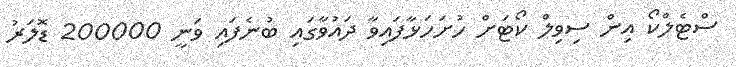
ސްޓެލްކޯ އިން ސިވިލް ކޯޓަށް ހުށަހަޅާފައިވާ ދައުވާގައި ބުނެފައި ވަނީ 200000 ޑޮލަރު